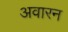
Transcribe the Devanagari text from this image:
अवारन